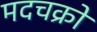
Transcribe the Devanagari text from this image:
मदचक्रो